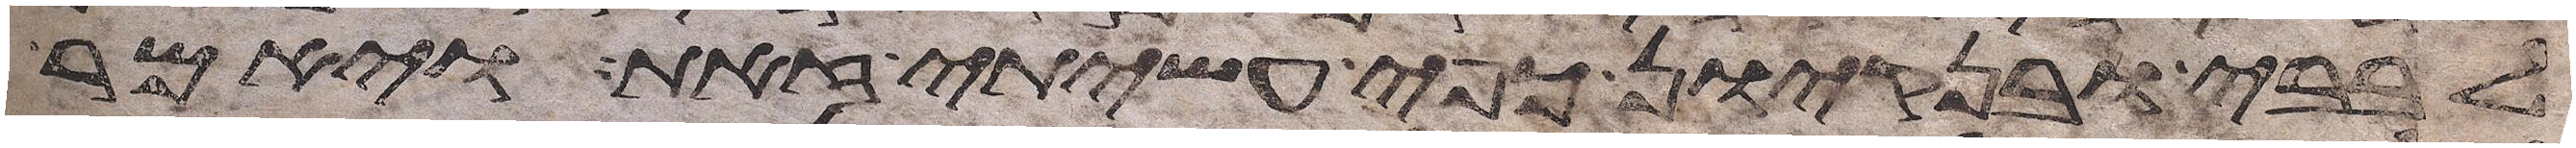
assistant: לבבי ובנקיון כפי עשיתי זאת ויאמר